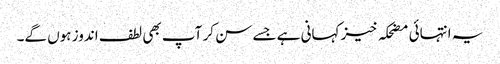
یہ انتہائی مضحکہ خیز کہانی ہے جسے سن کر آپ بھی لطف اندوز ہوں گے۔